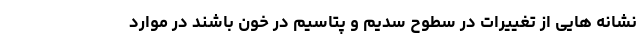
نشانه هایی از تغییرات در سطوح سدیم و پتاسیم در خون باشند در موارد